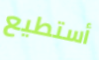
أستطيع